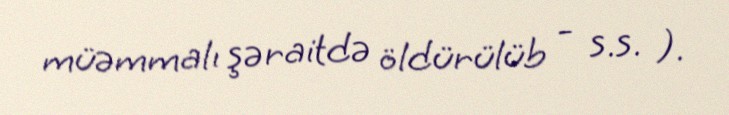
müəmmalı şəraitdə öldürülüb - s.s. ).